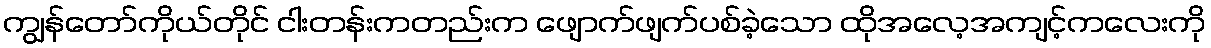
ကျွန်တော်ကိုယ်တိုင် ငါးတန်းကတည်းက ဖျောက်ဖျက်ပစ်ခဲ့သော ထိုအလေ့အကျင့်ကလေးကို